Leaving Certificate Examination, 1924
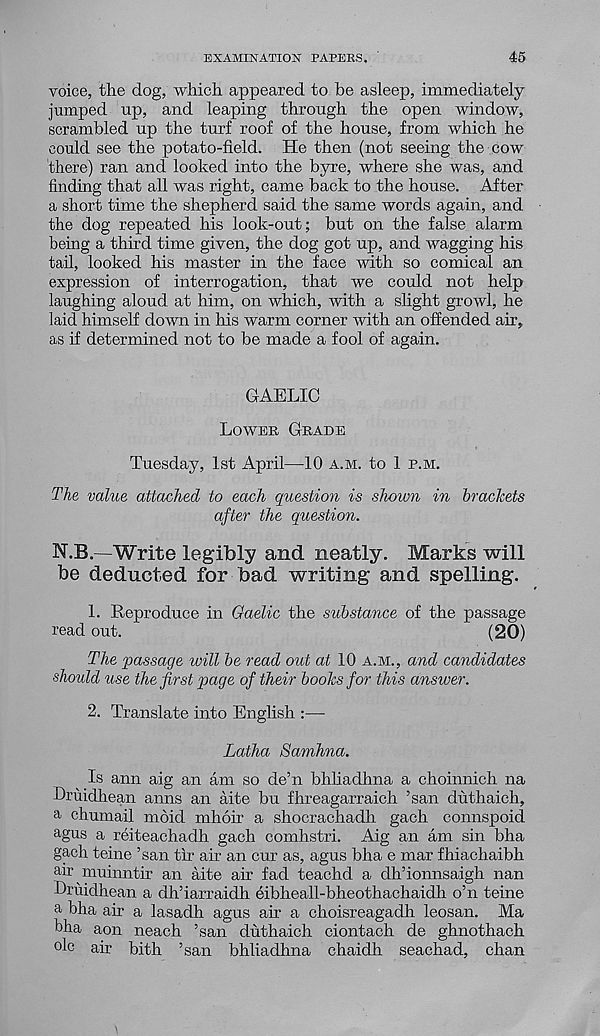
EXAMINATION PAPERS.
45
voice, the dog, which appeared to be asleep, immediately
jumped up, and leaping through the open window,
scrambled up the turf roof of the house, from which he
could see the potato-field. He then (not seeing the cow
there) ran and looked into the byre, where she was, and
finding that all was right, came back to the house. After
a short time the shepherd said the same words again, and
the dog repeated his look-out; but on the false alarm
being a third time given, the dog got up, and wagging his
tail, looked his master in the face with so comical an
expression of interrogation, that we could not help
laughing aloud at him, on which, with a slight growl, he
laid himself down in his warm corner with an offended air,
as if determined not to be made a fool of again.
GAELIC
Lower Grade
Tuesday, 1st April—10 a.m. to 1 r.m.
The value attached to each question is shown in brackets
after the question.
W.B.—Write legibly and neatly. Marks will
be deducted for bad writing and spelling.
1. Reproduce in Gaelic the substance of the passage
read out.
(20)
The passage will be read out at 10 a.m., and candidates
should use the first page of their books for this answer.
2. Translate into English :—
Latha Samhna.
Is ann aig an am so de’n bhliadhna a choinnich na
Lriiidhean aims an aite bu fhreagarraich ’san duthaich,
a chumail mbid mhoir a shocrachadh gach connspoid
agus a reiteachadh gach comhstri. Aig an am sin bha
gach teine ’san tir air an cur as, agus bha e mar fhiachaibh
air muinntir an aite air fad teachd a dh’ionnsaigh nan
Druidhean a dh’iarraidh eibheall-bheothachaidh o’n teine
a bha air a lasadh agus air a choisreagadh leosan. Ma
bha aon neach ’san duthaich ciontach de ghnothach
°lc air bith ’san bhliadhna chaidh seachad, chan